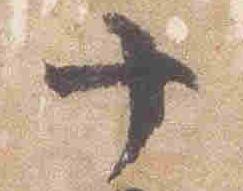
十